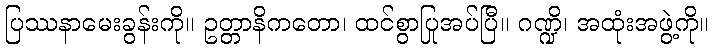
ပြဿနာမေးခွန်းကို။ ဥတ္တာနိကတော၊ ထင်စွာပြုအပ်ပြီ။ ဂဏ္ဍိ၊ အထုံးအဖွဲ့ကို။